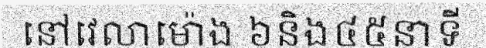
នៅវេលាម៉ោង ៦និង៤៥នាទី